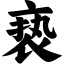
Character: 亵